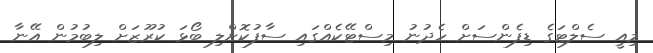
މިއީ ސެލްޓަގެ ޑިފެންސަށް ހެދުނު މިސްޓޭކެއްގައި ސާފުކޮށްލި ބޯޅަ ކުރޫޒަށް ލިބުމުން އޭނާ